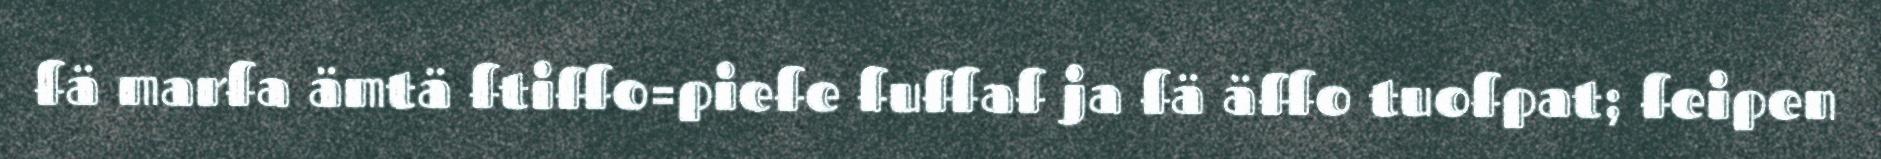
fä marfa ämtä ftiffo=piefe fuffaf ja fä äffo tuofpat; feipen